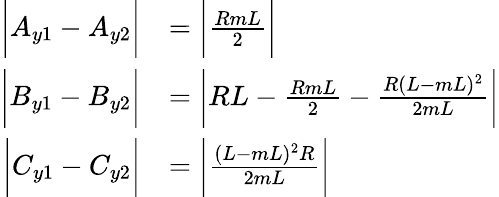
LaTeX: \begin{array}{rl}{\bigg|A_{y1}-A_{y2}\bigg|}&{=\bigg|\frac{RmL}{2}\bigg|}\\ {\bigg|B_{y1}-B_{y2}\bigg|}&{=\bigg|RL-\frac{RmL}{2}-\frac{R(L-mL)^{2}}{2mL}\bigg|}\\ {\bigg|C_{y1}-C_{y2}\bigg|}&{=\bigg|\frac{(L-mL)^{2}R}{2mL}\bigg|}\end{array}